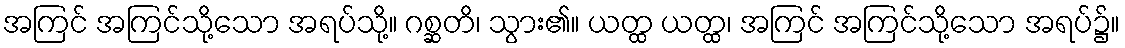
အကြင် အကြင်သို့သော အရပ်သို့။ ဂစ္ဆတိ၊ သွား၏။ ယတ္ထ ယတ္ထ၊ အကြင် အကြင်သို့သော အရပ်၌။